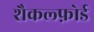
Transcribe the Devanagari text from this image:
शैकल्फ़ोर्ड